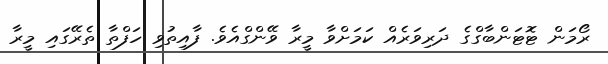
ރޯމަން ޓޮޓަންބާގްގެ ދަރިވަރެއް ކަމަށްވާ މީރާ ވޭންގްއެވެ. ފާއިތުވި ހަފްތާ ތެރޭގައި މީރާ